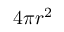
4 \pi r ^ { 2 }